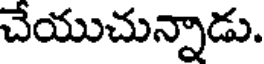
చేయుచున్నాడు.